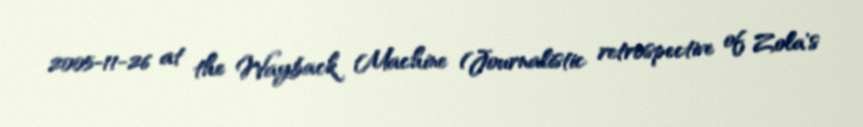
2005-11-26 at the Wayback Machine (Journalistic retrospective of Zola's